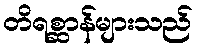
တိရစ္ဆာန်များသည်